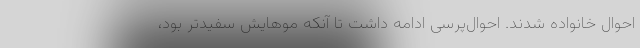
احوال خانواده شدند. احوال‌پرسی ادامه داشت تا آنکه موهایش سفیدتر بود،